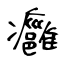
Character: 癰